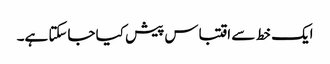
ایک خط سے اقتباس پیش کیا جاسکتا ہے۔